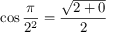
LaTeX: \cos { \frac { \pi } { 2 ^ { 2 } } } = { \frac { \sqrt { 2 + 0 } } { 2 } }